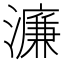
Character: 濂